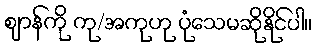
ဈာန်ကို ကု/အကုဟု ပုံသေမဆိုနိုင်ပါ။